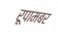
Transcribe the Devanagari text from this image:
रूपामबर